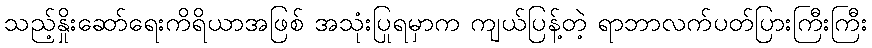
သည့်နှိုးဆော်ရေးကိရိယာအဖြစ် အသုံးပြုရမှာက ကျယ်ပြန့်တဲ့ ရာဘာလက်ပတ်ပြားကြီးကြီး